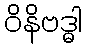
ဝိနိဗဒ္ဓါ